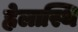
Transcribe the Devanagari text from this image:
ह्वेलास्थि